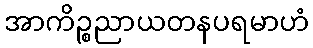
အာကိဉ္စညာယတနပရမာဟံ